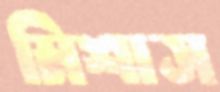
মিশাস